Vaccination in Bombay 1856-1862 - 1856-1862
Year: 1856
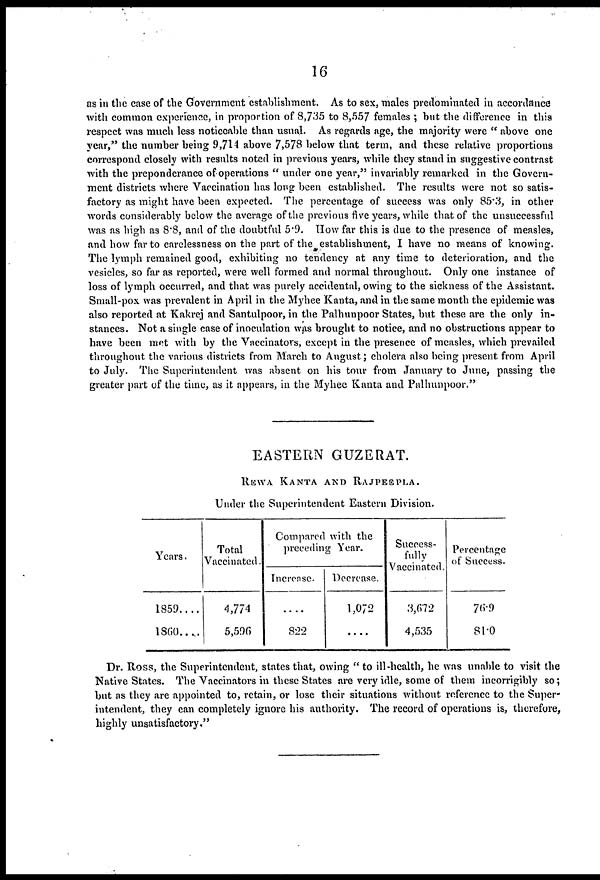
16
as in the case of the Government establishment. As to sex, males predominated in accordance
with common experience, in proportion of 8,735 to 8,557 females ; but the difference in this
respect was much less noticeable than usual. As regards age, the majority were " above one
year," the number being 9,714 above 7,578 below that term, and these relative proportions
correspond closely with results noted in previous years, while they stand in suggestive contrast
with the preponderance of operations " under one year," invariably remarked in the Govern-
ment districts where Vaccination has long been established. The results were not so satis-
factory as might have been expected. The percentage of success was only 85.3, in other
words considerably below the average of the previous five years, while that of the unsuccessful
was as high as 8.8, and of the doubtful 5.9. How far this is due to the presence of measles,
and how far to carelessness on the part of the establishment, I have no means of knowing.
The lymph remained good, exhibiting no tendency at any time to deterioration, and the
vesicles, so far as reported, were well formed and normal throughout. Only one instance of
loss of lymph occurred, and that was purely accidental, owing to the sickness of the Assistant.
Small-pox was prevalent in April in the Myhee Kanta, and in the same month the epidemic was
also reported at Kakrej and Santulpoor, in the Palhunpoor States, but these are the only in-
stances. Not a single case of inoculation was brought to notice, and no obstructions appear to
have been met with by the Vaccinators, except in the presence of measles, which prevailed
throughout the various districts from March to August; cholera also being present from April
to July. The Superintendent was absent on his tour from January to June, passing the
greater part of the time, as it appears, in the Myhee Kanta and Palhunpoor."
EASTERN GUZERAT.
REWA KANTA AND RAJPEEPLA.
Under the Superintendent Eastern Division.
Years.
1859 . . . .
1860 . . . .
Total
Vaccinated.
4,774
5,596
Compared with the
preceding Year.
Increase.
....
822
Decrease.
1,072
....
Success-
fully
Vaccinated.
3,672
4,535
Percentage
of Success.
76.9
81.0
Dr. Ross, the Superintendent, states that, owing "to ill-health, he was unable to visit the
Native States. The Vaccinators in these States are very idle, some of them incorrigibly so;
but as they are appointed to, retain, or lose their situations without reference to the Super-
intendent, they can completely ignore his authority. The record of operations is, therefore,
highly unsatisfactory."